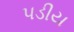
પડીય